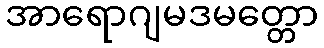
အာရောဂျမဒမတ္တော